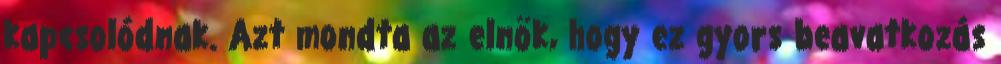
kapcsolódnak. Azt mondta az elnök, hogy ez gyors beavatkozás